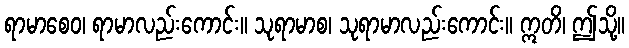
ရာမာစေဝ၊ ရာမာလည်းကောင်း။ သုရာမာစ၊ သုရာမာလည်းကောင်း။ ဣတိ၊ ဤသို့။